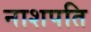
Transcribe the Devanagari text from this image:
नाशपति